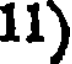
11)